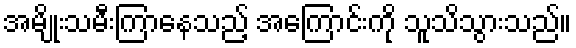
အမျိုးသမီးကြာနေသည့် အကြောင်းကို သူသိသွားသည်။